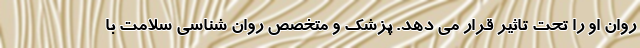
روان او را تحت تاثیر قرار می دهد. پزشک و متخصص روان شناسی سلامت با